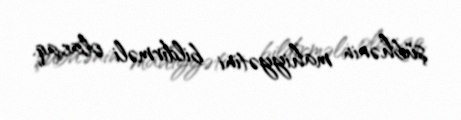
şübhənin mahiyyətini bildirməli olacaq.